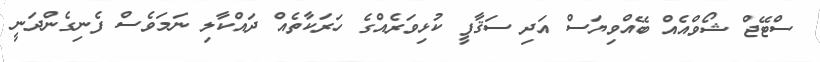
ސްޓޭޖް ޝޯވްއެއް ބޭއްވިޔަސް އަދި ސަޤާފީ ކުޅިވަރެއްގެ ހަރަކާތެއް ދައްކާލި ނަމަވެސް ފެނިގެންދަނީ